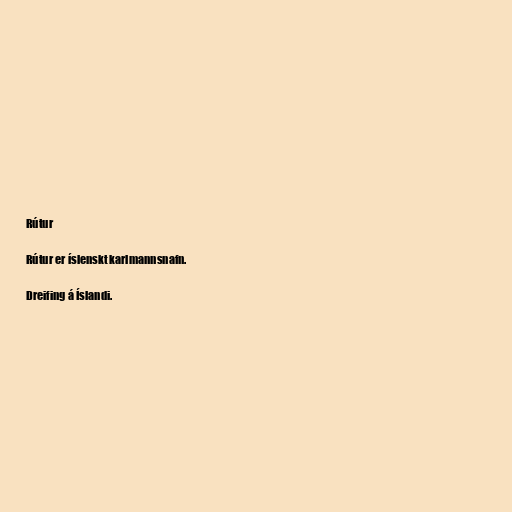
Rútur

Rútur er íslenskt karlmannsnafn.

Dreifing á Íslandi.